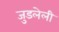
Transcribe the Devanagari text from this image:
जुडलेली